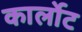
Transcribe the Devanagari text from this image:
कार्लोट